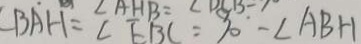
\angle B A H = \angle E B C = 1 0 - \angle A B H